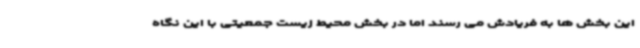
این بخش ها به فریادش می رسند اما در بخش محیط زیست جمعیتی با این نگاه